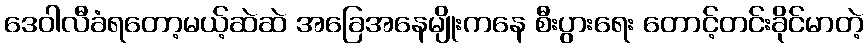
ဒေဝါလီခံရတော့မယ့်ဆဲဆဲ အခြေအနေမျိုးကနေ စီးပွားရေး တောင့်တင်းခိုင်မာတဲ့